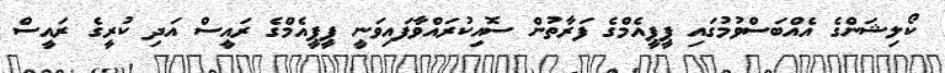
ކޯލިޝަންގެ އެއްބަސްވުމުގައި ޕީޕީއެމްގެ ފަރާތުން ސޮއިކުރައްވާފައިވަނީ ޕީޕީއެމްގެ ރައީސް އަދި ކުރީގެ ރައީސް